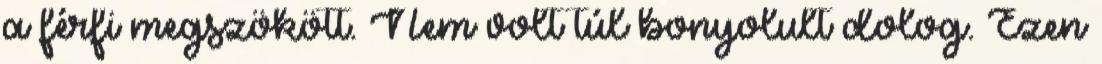
a férfi megszökött. Nem volt túl bonyolult dolog. Ezen